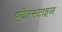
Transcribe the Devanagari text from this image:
एदेल्स्टाइन